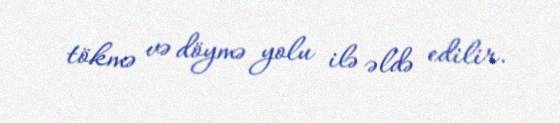
tökmə və döymə yolu ilə əldə edilir.